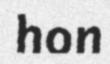
hon